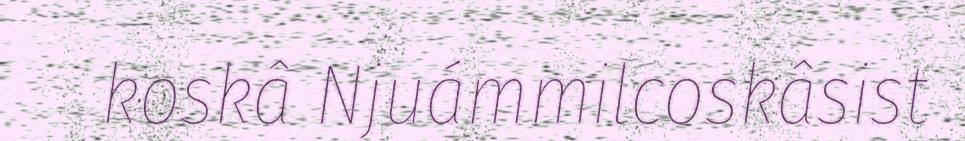
koskâ Njuámmilcoskâsist